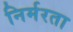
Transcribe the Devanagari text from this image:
निर्मरता